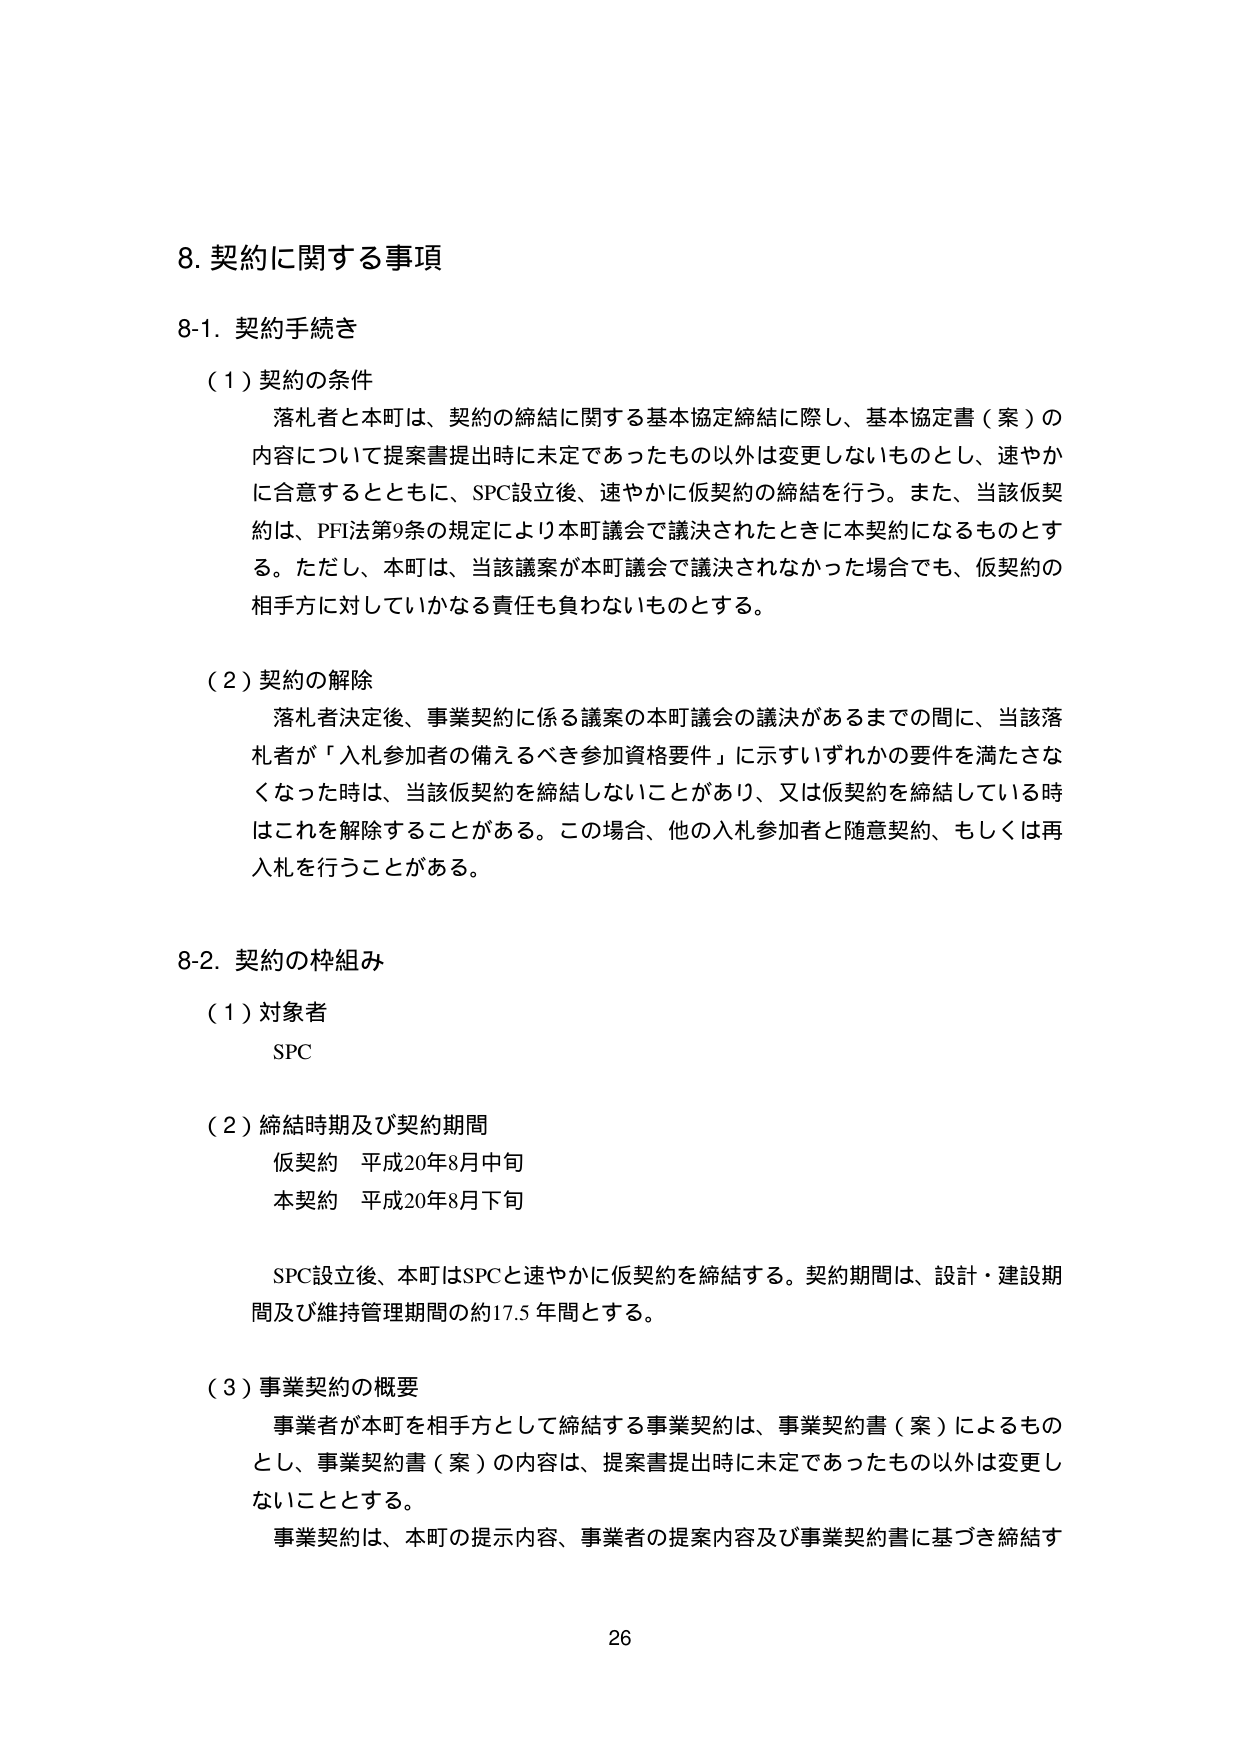
8. 契約に関する事項

8-1. 契約手続き

（1）契約の条件
落札者と本町は、契約の締結に関する基本協定締結に際し、基本協定書（案）の内容について提案書提出時に未定であったもの以外は変更しないものとし、速やかに合意するとともに、SPC設立後、速やかに仮契約の締結を行う。また、当該仮契約は、PFI法第9条の規定により本町議会で議決されたときに本契約になるものとする。ただし、本町は、当該議案が本町議会で議決されなかった場合でも、仮契約の相手方に対していかなる責任も負わないものとする。

（2）契約の解除
落札者決定後、事業契約に係る議案の本町議会の議決があるまでの間に、当該落札者が「入札参加者の備えるべき参加資格要件」に示すいずれかの要件を満たさなくなった時は、当該仮契約を締結しないことがあり、又は仮契約を締結している時はこれを解除することがある。この場合、他の入札参加者と随意契約、もしくは再入札を行うことがある。

8-2. 契約の枠組み

（1）対象者
SPC

（2）締結時期及び契約期間
仮契約 平成20年8月中旬
本契約 平成20年8月下旬

SPC設立後、本町はSPCと速やかに仮契約を締結する。契約期間は、設計・建設期間及び維持管理期間の約17.5年間とする。

（3）事業契約の概要
事業者が本町を相手方として締結する事業契約は、事業契約書（案）によるものとし、事業契約書（案）の内容は、提案書提出時に未定であったもの以外は変更しないこととする。
事業契約は、本町の提示内容、事業者の提案内容及び事業契約書に基づき締結す

26